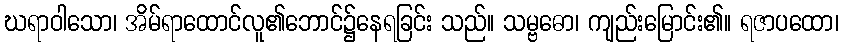
ဃရာဝါသော၊ အိမ်ရာထောင်လူ၏ဘောင်၌နေရခြင်း သည်။ သမ္ဗဓော၊ ကျည်းမြောင်း၏။ ရဇာပထော၊